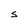
Character: S